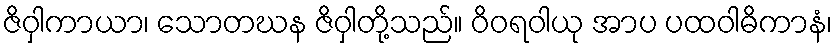
ဇိဝှါကာယာ၊ သောတဃန ဇိဝှါတို့သည်။ ဝိဝရဝါယု အာပ ပထဝါဓိကာနံ၊